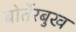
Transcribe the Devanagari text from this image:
बोर्तेरबुख